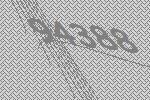
94388